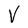
Character: V